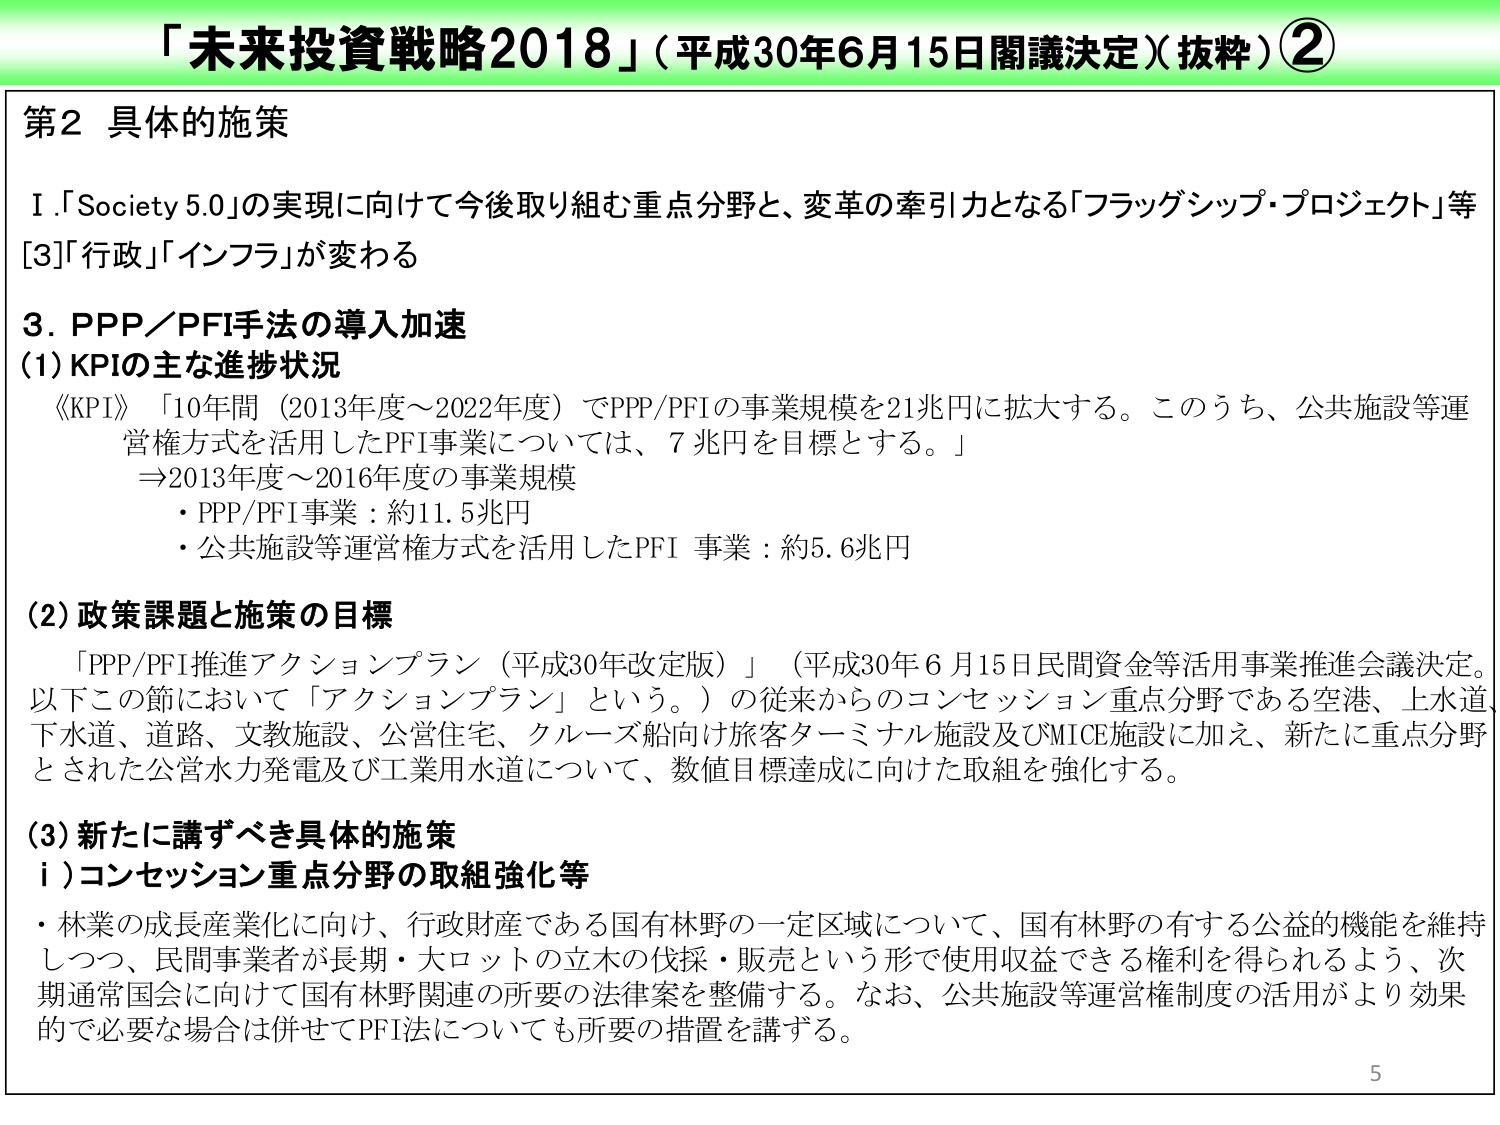
「未来投資戦略2018」（平成30年6月15日閣議決定）（抜粋）②

第2 具体的施策

Ⅰ．「Society 5.0」の実現に向けて今後取り組む重点分野と、変革の牽引力となる「フラッグシップ・プロジェクト」等
[3]「行政」「インフラ」が変わる

3．PPP／PFI手法の導入加速

(1) KPIの主な進捗状況
《KPI》「10年間（2013年度～2022年度）でPPP/PFIの事業規模を21兆円に拡大する。このうち、公共施設等運営権方式を活用したPFI事業については、7兆円を目標とする。」
⇒2013年度～2016年度の事業規模
・PPP/PFI事業：約11.5兆円
・公共施設等運営権方式を活用したPFI事業：約5.6兆円

(2) 政策課題と施策の目標
「PPP/PFI推進アクションプラン（平成30年改定版）」（平成30年6月15日民間資金等活用事業推進会議決定。以下この節において「アクションプラン」という。）の従来からのコンセッション重点分野である空港、上水道、下水道、道路、文教施設、公営住宅、クルーズ船向け旅客ターミナル施設及びMICE施設に加え、新たに重点分野とされた公営水力発電及び工業用水道について、数値目標達成に向けた取組を強化する。

(3) 新たに講ずべき具体的施策
ⅰ）コンセッション重点分野の取組強化等
・林業の成長産業化に向け、行政財産である国有林野の一定区域について、国有林野の有する公益的機能を維持しつつ、民間事業者が長期・大ロットの立木の伐採・販売という形で使用収益できる権利を得られるよう、次期通常国会に向けて国有林野関連の所要の法律案を整備する。なお、公共施設等運営権制度の活用がより効果的で必要な場合は併せてPFI法についても所要の措置を講ずる。

5